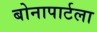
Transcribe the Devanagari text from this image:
बोनापार्टला